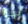
بهذا